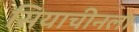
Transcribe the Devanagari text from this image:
सियाचीनला